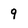
Character: 9